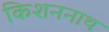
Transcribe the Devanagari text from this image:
किशननाथ